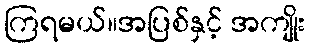
ကြရမယ်။အပြစ်နှင့် အကျိုး